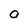
Character: o